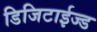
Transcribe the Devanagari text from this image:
डिजिटाईज्ड